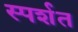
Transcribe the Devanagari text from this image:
स्पर्शत